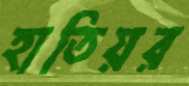
হাতিয়র